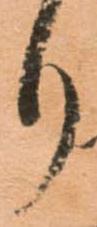
り